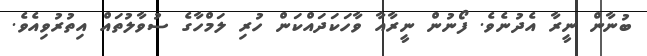
ބުނާން ނީރާ އެދުނެވެ. ފޯނުން ނީރާއާ ވާހަކަދައްކަން ހުރި ލަމްހާގެ ސުވާލުތައް އިތުރުވިއެވެ.